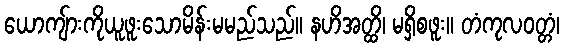
ယောကျ်ားကိုယူဖူးသောမိန်းမမည်သည်။ နဟိအတ္ထိ၊ မရှိစဖူး။ တံကုလဝတ္တံ၊